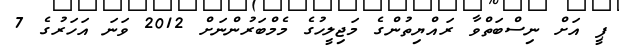
ޕީ އަށް ނިސްބަތްވާ ރައްޔިތުންގެ މަޖިލީހުގެ މެމްބަރުންނަށް 2012 ވަނަ އަހަރުގެ 7